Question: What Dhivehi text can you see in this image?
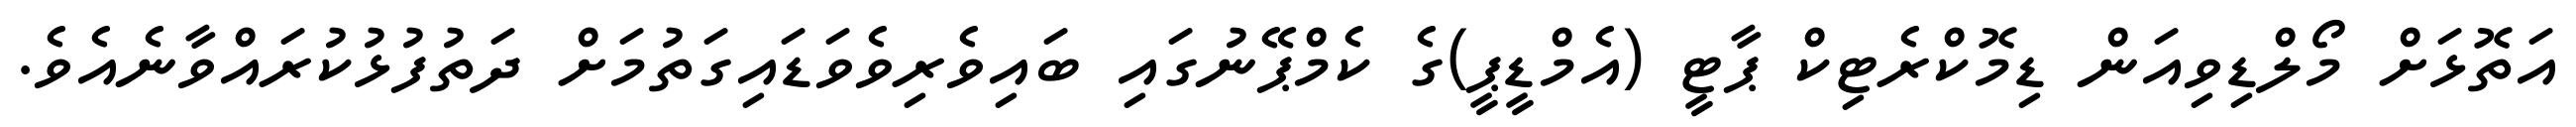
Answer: އަތޮޅަށް މޯލްޑިވިއަން ޑިމޮކްރެޓިކް ޕާޓީ (އެމްޑީޕީ)ގެ ކެމްޕޭނުގައި ބައިވެރިވެވަޑައިގަތުމަށް ދަތުފުޅުކުރައްވާނެއެވެ.